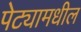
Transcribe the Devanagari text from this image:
पेट्यामधील